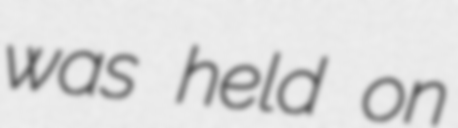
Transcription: was held on